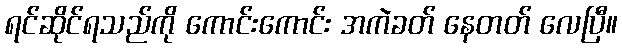
ရင်ဆိုင်ရသည်ကို ကောင်းကောင်း အကဲခတ် နေတတ် လေပြီ။